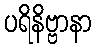
ပရိနိဗ္ဗာနာ